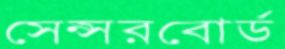
সেন্সরবোর্ড